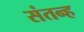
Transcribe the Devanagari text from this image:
संतन्ह